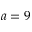
a = 9